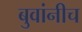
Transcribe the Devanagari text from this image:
बुवांनीच